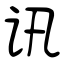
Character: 讯